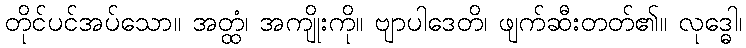
တိုင်ပင်အပ်သော။ အတ္ထံ၊ အကျိုးကို။ ဗျာပါဒေတိ၊ ဖျက်ဆီးတတ်၏။ လုဒ္ဓေါ၊